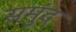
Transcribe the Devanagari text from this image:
समुंद